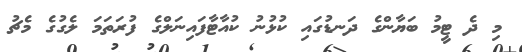
މި ދެ ޓީމު ބަޔާންގެ ދަނޑުގައި ކުޅުނު ކުއާޓާފައިނަލްގެ ފުރަތަމަ ލެގުގެ މެޗު